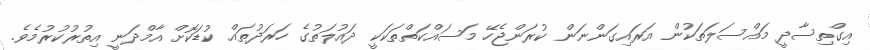
އިގްތިސާދީ މައްސަލަތަކުން އަރައިގަންނަން ކުރަންޖެހޭ މަސައްކަތްތަކަކީ ދައުލަތުގެ ހަރަދުތައް ކުޑަކޮށް އާމްދަނީ އިތުރުކުރުމެވެ.